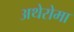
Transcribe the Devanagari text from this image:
अथेरोमा